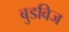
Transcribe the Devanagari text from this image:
बुडविज